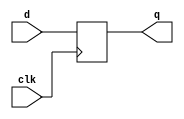
// flip-flop d
module dff (d, clk, q);

// inputs d = data, clk = clock
input d, clk;

// outputs
output q;

// variveis internas
reg q;

// lgica
always @ (posedge clk) begin
  q <= d;
end

endmodule